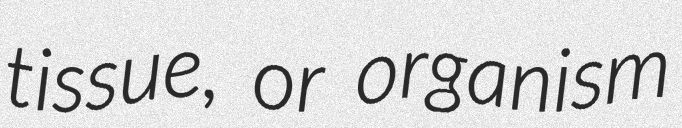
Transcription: tissue, or organism